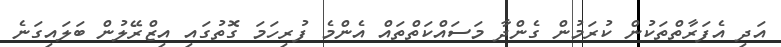
އަދި އެފަރާތްތަކުން ކުރަމުން ގެންދާ މަސައްކަތްތައް އެންމެ ފުރިހަމަ ގޮތުގައި އިޒްރޭލުން ބަލައިގަނެ